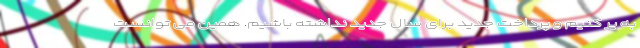
به یر کنیم و پرداخت جدید برای سال جدید نداشته باشیم. همین می توانست